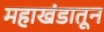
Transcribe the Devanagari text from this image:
महाखंडातून